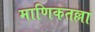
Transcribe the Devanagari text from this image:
माणिकतल्ला